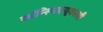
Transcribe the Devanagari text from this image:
कॉन्स्पिक्यूवस्ली